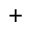
^ +